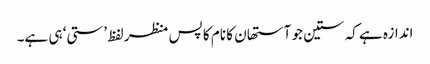
اندازہ ہے کہ ستین جو آستھان کا نام کا پس منظر لفظ ’ستی‘ ہی ہے۔